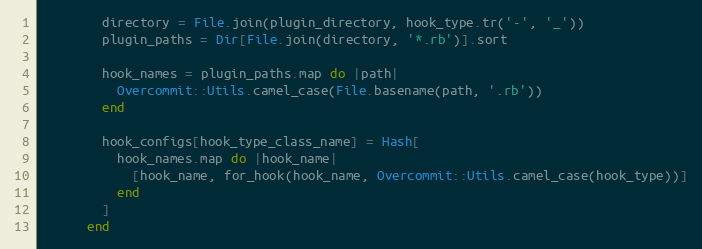
Language: Ruby
        directory = File.join(plugin_directory, hook_type.tr('-', '_'))
        plugin_paths = Dir[File.join(directory, '*.rb')].sort

        hook_names = plugin_paths.map do |path|
          Overcommit::Utils.camel_case(File.basename(path, '.rb'))
        end

        hook_configs[hook_type_class_name] = Hash[
          hook_names.map do |hook_name|
            [hook_name, for_hook(hook_name, Overcommit::Utils.camel_case(hook_type))]
          end
        ]
      end